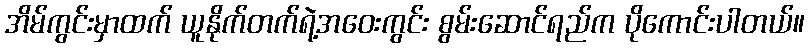
အိမ်ကွင်းမှာထက် ယူနိုက်တက်ရဲ့အဝေးကွင်း စွမ်းဆောင်ရည်က ပိုကောင်းပါတယ်။